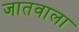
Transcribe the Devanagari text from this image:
जातवाला